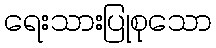
ရေးသားပြုစုသော